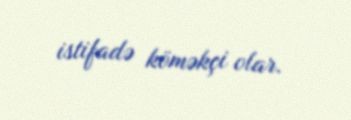
istifadə köməkçi olar.